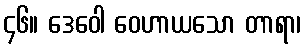
၄၆။ ဒေဝေါ ဝေဟာယသော တာရာ၊